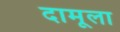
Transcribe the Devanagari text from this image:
दामूला